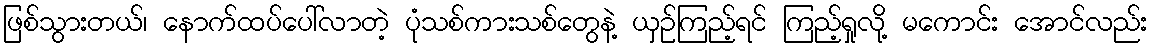
ဖြစ်သွားတယ်၊ နောက်ထပ်ပေါ်လာတဲ့ ပုံသစ်ကားသစ်တွေနဲ့ ယှဉ်ကြည့်ရင် ကြည့်ရှုလို့ မကောင်း အောင်လည်း